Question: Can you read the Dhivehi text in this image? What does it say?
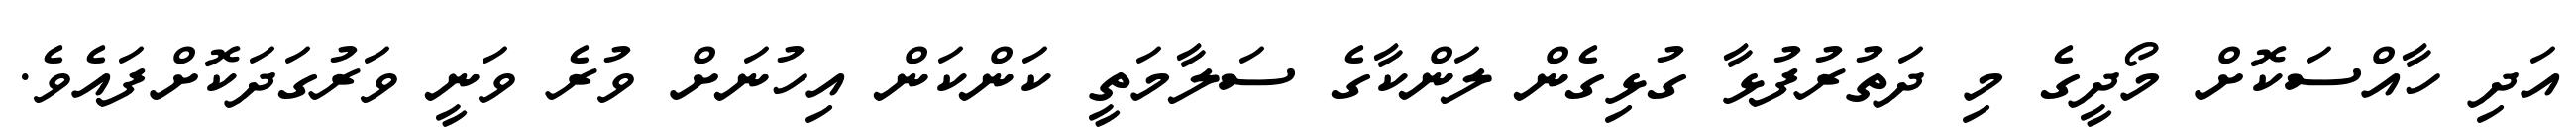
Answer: އަދި ހާއްސަކޮށް މޯދީގެ މި ދަތުރުފުޅާ ގުޅިގެން ލަންކާގެ ސަލާމަތީ ކަންކަން އިހުނަށް ވުރެ ވަނީ ވަރުގަދަކޮށްފައެވެ.